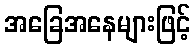
အခြေအနေများဖြင့်